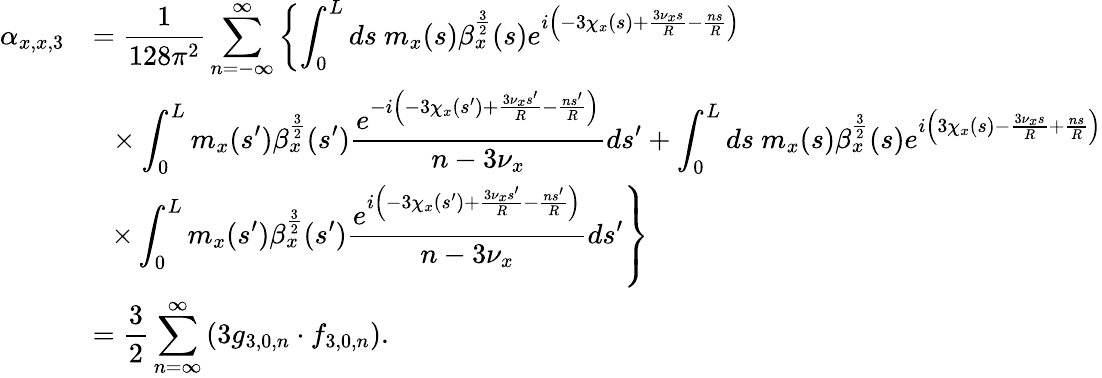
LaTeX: \begin{array}{cl}{\alpha_{x,x,3}}&{=\displaystyle\frac{1}{128\pi^{2}}\displaystyle\sum_{n=-\infty}^{\infty}\left\{ \int_{0}^{L}{ds\ m_{x}(s)\beta_{x}^{\frac{3}{2}}(s)e^{i\left(-3\chi_{x}(s)+\frac{3\nu_{x}s}{R}-\frac{ns}{R}\right)}}\right.}\\ &{\displaystyle~~\times\int_{0}^{L}{m_{x}(s^{\prime})\beta_{x}^{\frac{3}{2}}(s^{\prime})\frac{e^{-i\left(-3\chi_{x}(s^{\prime})+\frac{3\nu_{x}s^{\prime}}{R}-\frac{ns^{\prime}}{R}\right)}}{n-3\nu_{x}}ds^{\prime}}+\int_{0}^{L}{ds\ m_{x}(s)\beta_{x}^{\frac{3}{2}}(s)e^{i\left(3\chi_{x}(s)-\frac{3\nu_{x}s}{R}+\frac{ns}{R}\right)}}}\\ &{\displaystyle~~\left.\times\int_{0}^{L}m_{x}(s^{\prime})\beta_{x}^{\frac{3}{2}}(s^{\prime})\frac{e^{i\left(-3\chi_{x}(s^{\prime})+\frac{3\nu_{x}s^{\prime}}{R}-\frac{ns^{\prime}}{R}\right)}}{n-3\nu_{x}}ds^{\prime}\right\} }\\ &{\displaystyle=\frac{3}{2}\sum_{n=\infty}^{\infty}\left(3g_{3,0,n}\cdot f_{3,0,n}\right).}\end{array}